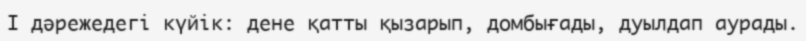
І дәрежедегі күйік: дене қатты қызарып, домбығады, дуылдап аурады.